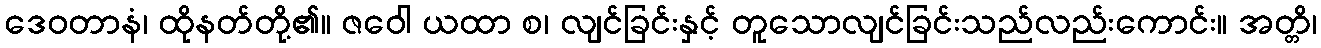
ဒေဝတာနံ၊ ထိုနတ်တို့၏။ ဇဝေါ ယထာ စ၊ လျင်ခြင်းနှင့် တူသောလျင်ခြင်းသည်လည်းကောင်း။ အတ္တိ၊